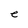
Character: e